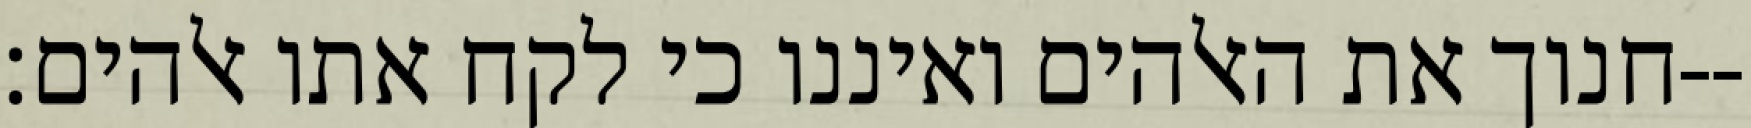
חנוך את האלהים ואיננו כי לקח אתו אלהים׃--